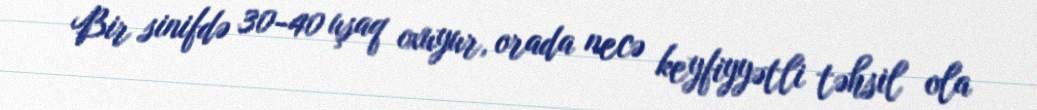
Bir sinifdə 30-40 uşaq oxuyur, orada necə keyfiyyətli təhsil ola